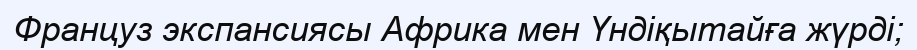
Француз экспансиясы Африка мен Үндіқытайға жүрді;